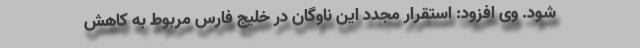
شود. وی افزود: استقرار مجدد این ناوگان در خلیج فارس مربوط به کاهش